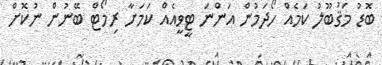
ބޮޑު މަޤުބޫލު ކަމެއް ހޯދަމުން އަންނަ ޓީވީއެއް ކަމަށާ ރިމޯޓް ބޭނުން ނުކޮށް